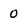
Character: 0